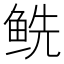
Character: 𲍏